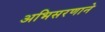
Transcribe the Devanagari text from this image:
अभिसरणाने